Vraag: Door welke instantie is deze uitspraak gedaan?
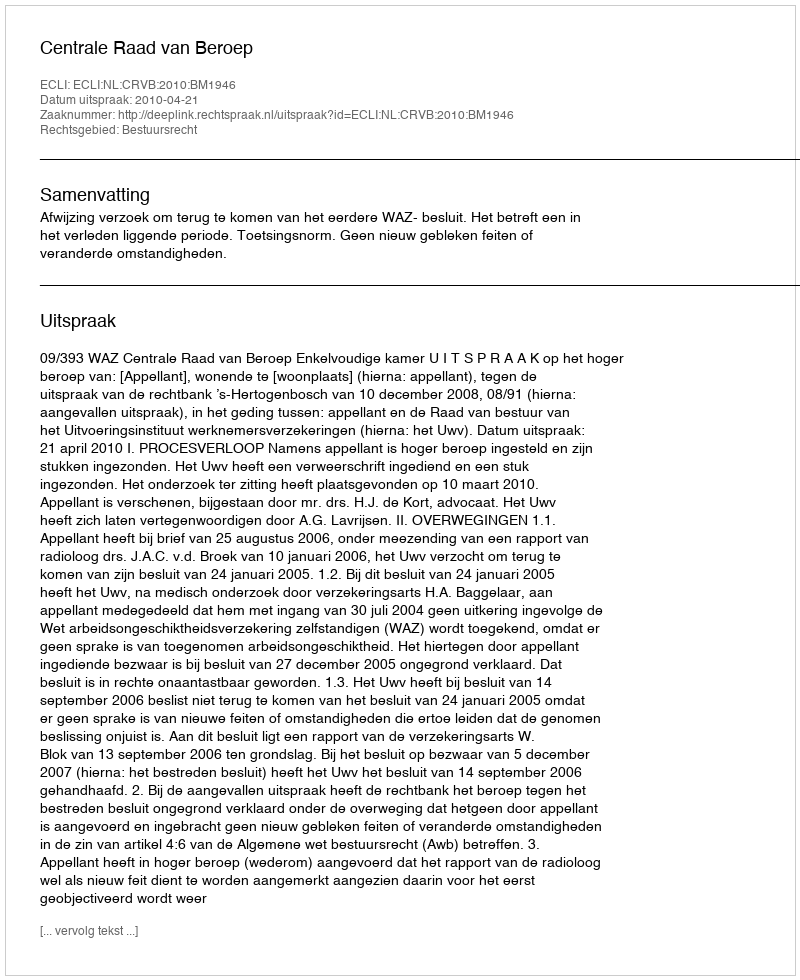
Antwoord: Centrale Raad van Beroep